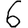
Digit: 6